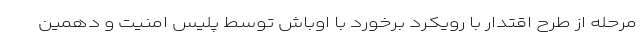
مرحله از طرح اقتدار با رویکرد برخورد با اوباش توسط پلیس امنیت و دهمین